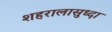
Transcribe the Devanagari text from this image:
शहरालासुध्दा